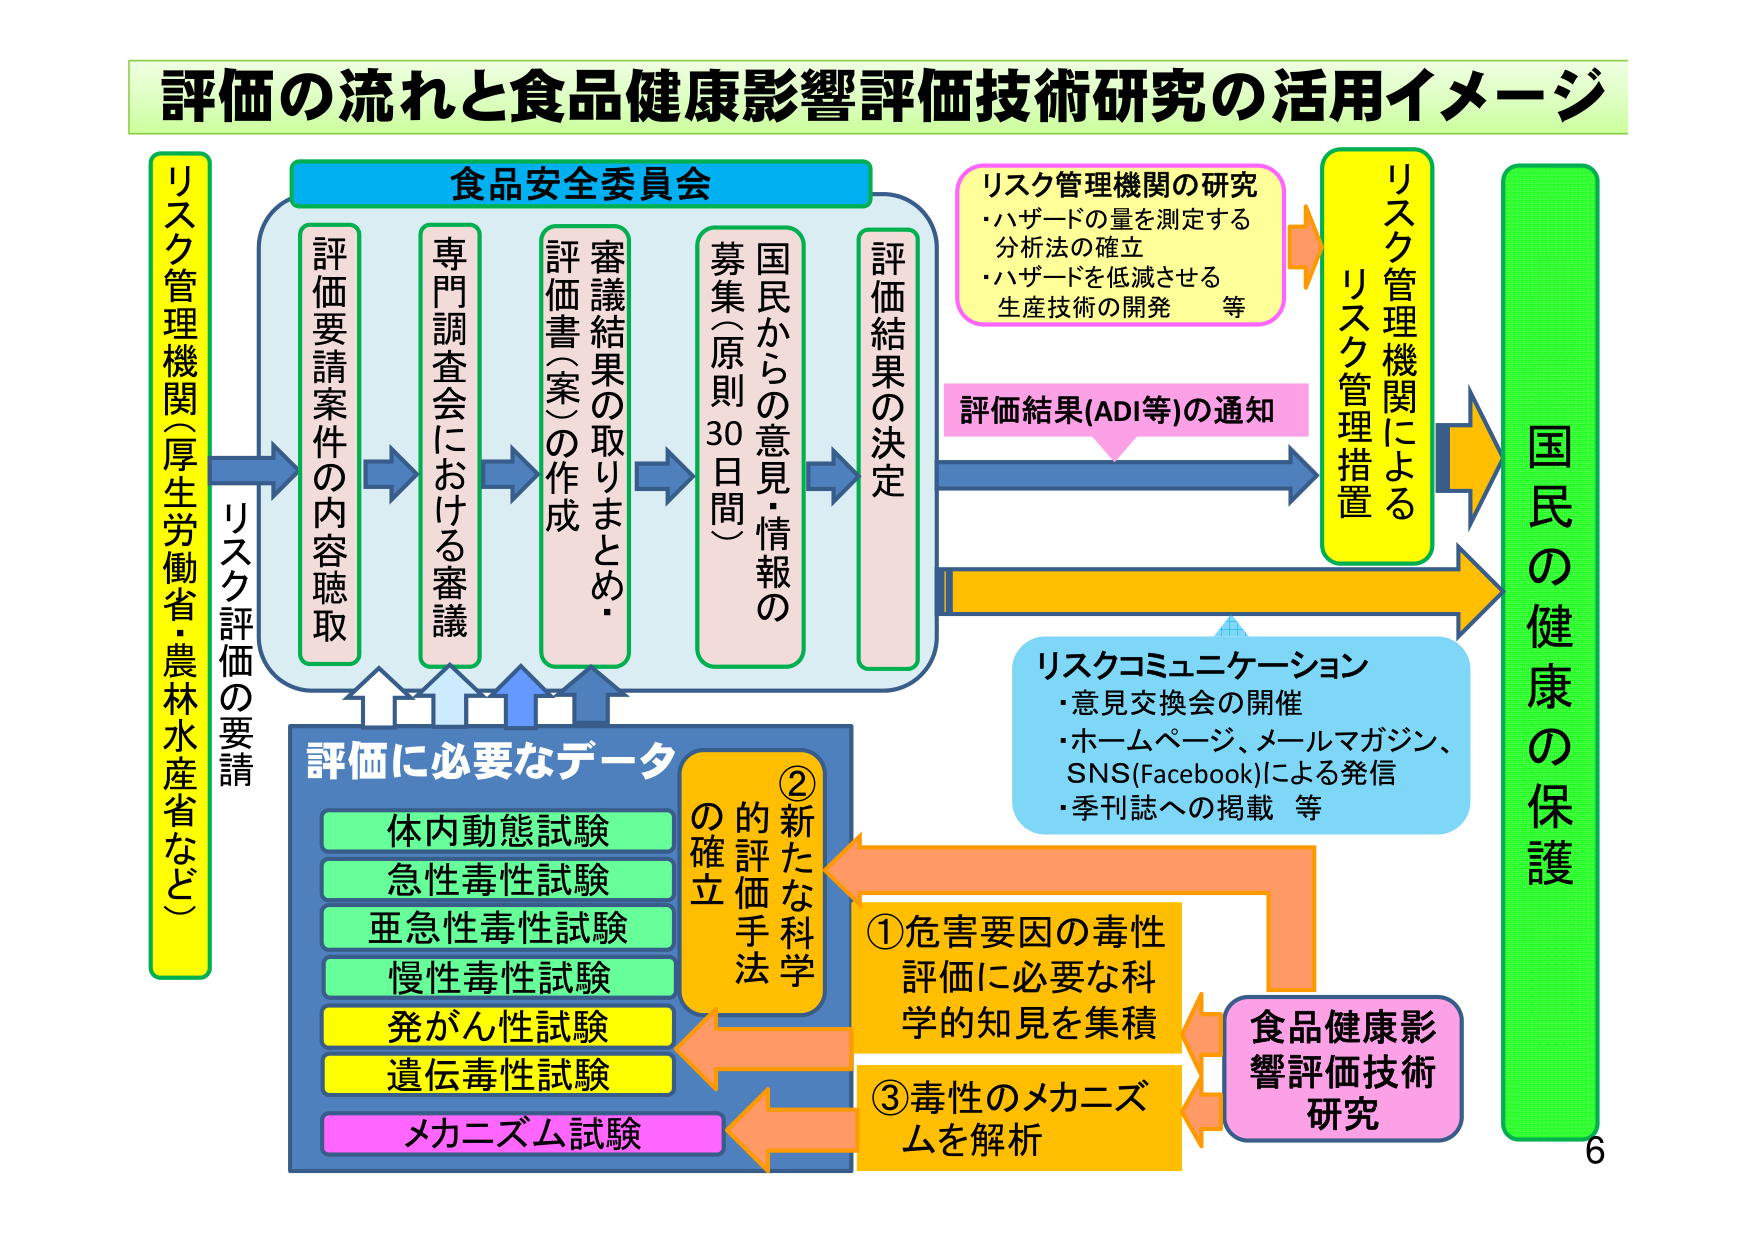
評価の流れと食品健康影響評価技術研究の活用イメージ

リスク管理機関（厚生労働省・農林水産省など）
リスク評価の要請

食品安全委員会
評価要請案件の内容聴取
専門調査会における審議
審議結果の取りまとめ・評価書（案）の作成
国民からの意見・情報の募集（原則30日間）
評価結果の決定

リスク管理機関の研究
・ハザードの量を測定する分析法の確立
・ハザードを低減させる生産技術の開発 等

評価結果(ADI等)の通知

リスク管理機関によるリスク管理措置

国民の健康の保護

評価に必要なデータ
体内動態試験
急性毒性試験
亜急性毒性試験
慢性毒性試験
発がん性試験
遺伝毒性試験
メカニズム試験

②新たな科学的評価手法の確立

①危害要因の毒性評価に必要な科学的知見を集積
③毒性のメカニズムを解析

食品健康影響評価技術研究

リスクコミュニケーション
・意見交換会の開催
・ホームページ、メールマガジン、SNS(Facebook)による発信
・季刊誌への掲載 等

6